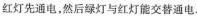
红灯先通电，然后绿灯与红灯能交替通电.